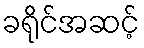
ခရိုင်အဆင့်